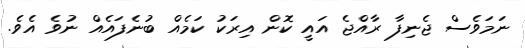
ނަމަވެސް ޖެނިފާ ރާއްޖެ އައީ ކޮން އިރަކު ކަމެއް ބުނެފައެއް ނުވެ އެވެ.